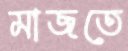
মাজতে